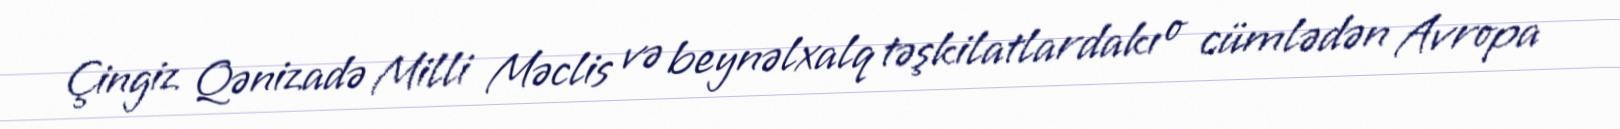
Çingiz Qənizadə Milli Məclis və beynəlxalq təşkilatlardakı o cümlədən Avropa